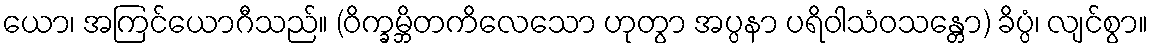
ယော၊ အကြင်ယောဂီသည်။ (ဝိက္ခမ္ဘိတကိလေသော ဟုတွာ အပ္ပနာ ပရိဝါသံဝသန္တော) ခိပ္ပံ၊ လျင်စွာ။